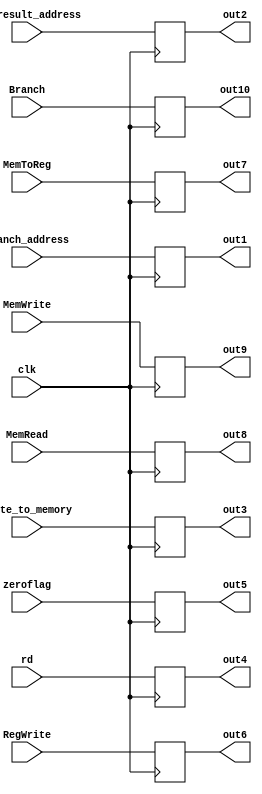
module EX_MEM_reg(clk, branch_address, alu_result_address, write_to_memory, rd, zeroflag, RegWrite, MemToReg, MemRead, MemWrite, Branch, out1, out2, out3, out4, out5, out6, out7,out8, out9, out10);

input clk,  RegWrite, MemToReg, MemRead, MemWrite, Branch;
input [31:0] branch_address, alu_result_address, write_to_memory;
input [4:0] rd;
input  zeroflag;
output [31:0] out1, out2, out3;
reg [31:0] out1, out2, out3=0;
output [4:0] out4;
reg [4:0] out4=0;
output out5, out6, out7,out8, out9, out10;
reg out5, out6, out7,out8, out9, out10=0;



always@(posedge clk)
begin
out1<=branch_address;
out2<=alu_result_address;
out3<=write_to_memory;
out4<=rd;
out5<=zeroflag;
out6<=RegWrite;
out7<=MemToReg;
out8<=MemRead;
out9<=MemWrite;
out10<=Branch;
end
endmodule